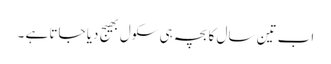
اب تین سال کا بچہ ہی سکول بھیج دیا جاتا ہے ۔